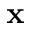
\mathbf { x }